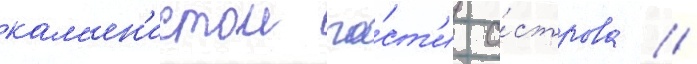
кам'ен'истои ча́ст'и о́строва //